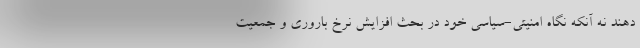
دهند نه آنکه نگاهِ امنیتی-سیاسی خود در بحث افزایش نرخ باروری و جمعیت